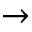
\to